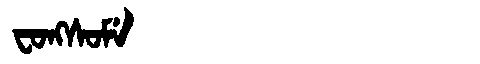
Manchu: ᠸᠣᠩᠰᠣᠮᡝ
Romanization: FONGSOME